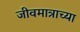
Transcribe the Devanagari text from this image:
जीवमात्राच्या